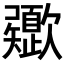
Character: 𣤻